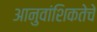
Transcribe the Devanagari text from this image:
आनुवांशिकतेचे